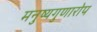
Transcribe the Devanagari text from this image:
मनुष्यगुणारोप